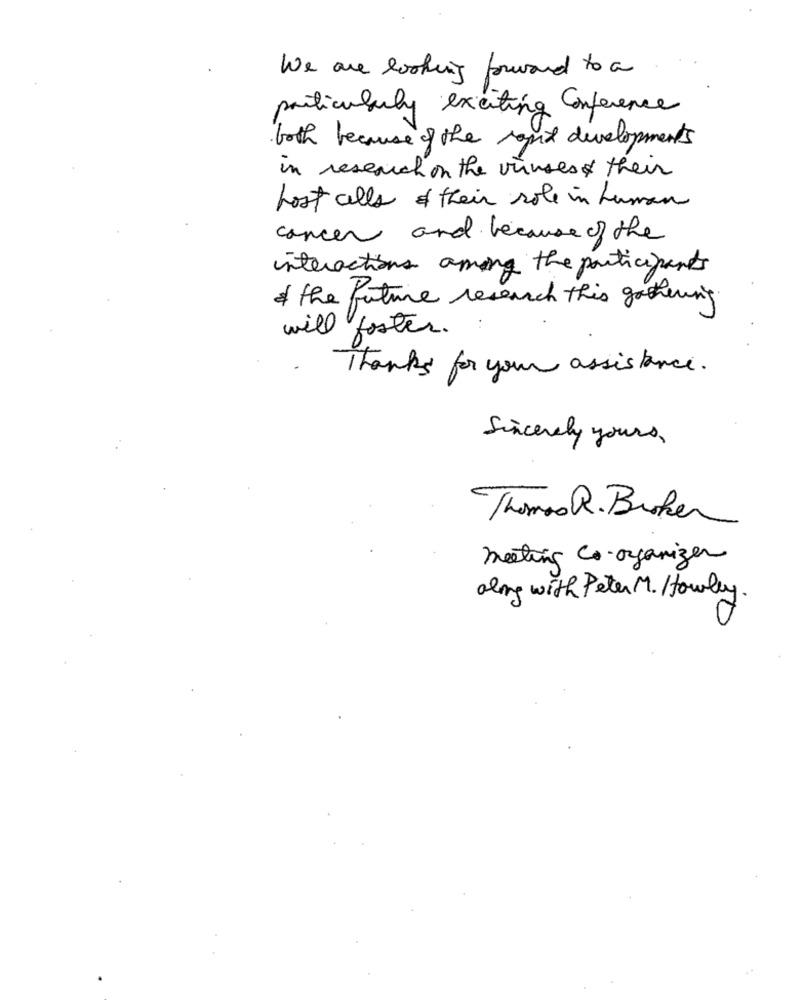
We are looking forward to a
particularly exciting conference
both because of the rapid developments
in research on the viruses & their
Lost alle & their role in human
cancer and because of the
interactions among the participants
the future research this gathering.
will foster.
Thanks for your assistance.
Sincerely yours,
Thomas R. Broker
meeting Co-organizer
along with Peter M. Howley.
..